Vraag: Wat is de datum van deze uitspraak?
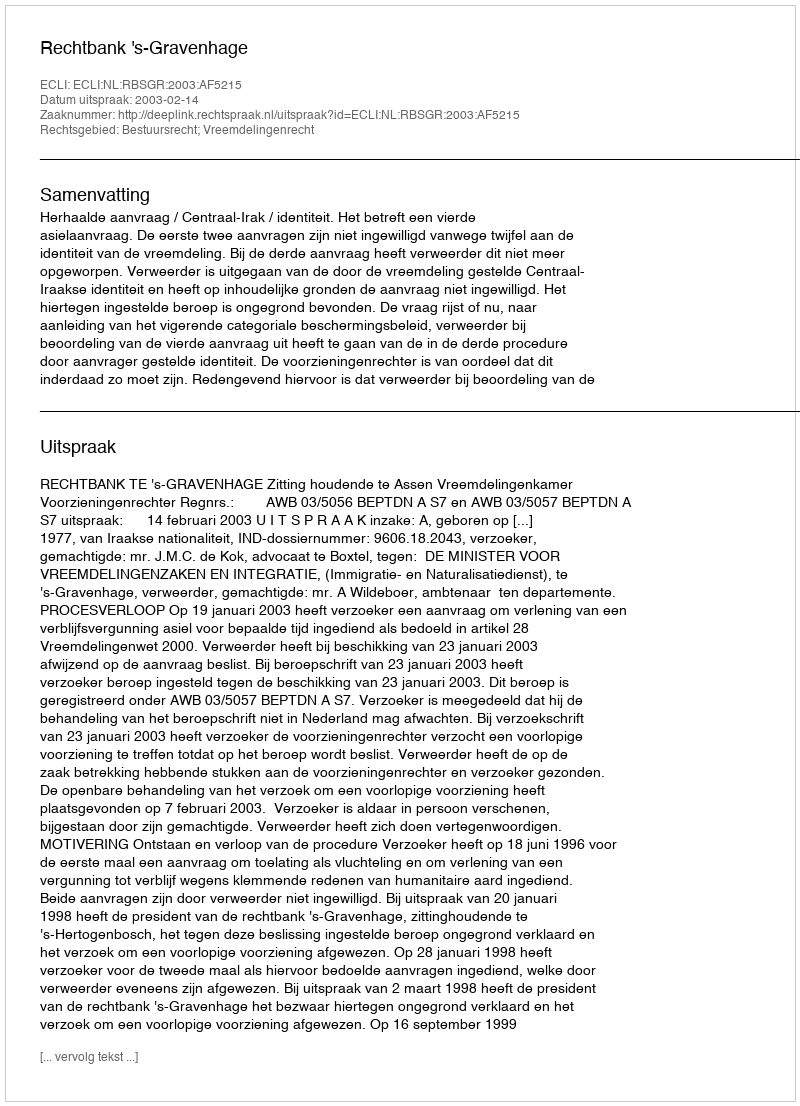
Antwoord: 2003-02-14